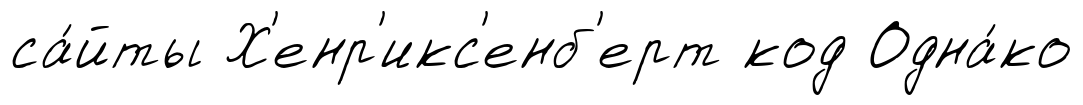
са́йты Х'енр'икс'енб'ерт код Одна́ко